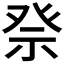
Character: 𥙊